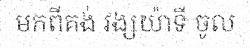
មកពីគង់ វង្សយ៉ាទី ចូល